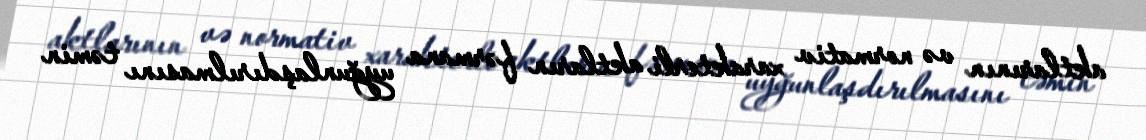
aktlarının və normativ xarakterli aktların fərmana uyğunlaşdırılmasını təmin